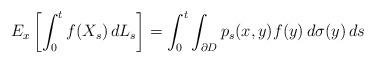
LaTeX: \begin{align*}E_{x}\left[\int_{0}^{t}f(X_s)\,dL_s \right]=\int_{0}^{t}\int_{\partial D}p_{s}(x,y)f(y)\,d\sigma(y)\,ds\end{align*}